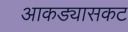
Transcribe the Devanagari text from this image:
आकड्यासकट